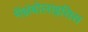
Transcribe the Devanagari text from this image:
मेंथ्रंबोलाइसिस